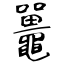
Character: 鼉